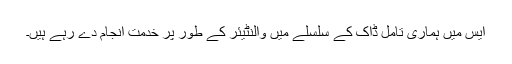
ایس میں ہماری تامل ڈاک کے سلسلے میں والنٹیئر کے طور پر خدمت انجام دے رہے ہیں۔